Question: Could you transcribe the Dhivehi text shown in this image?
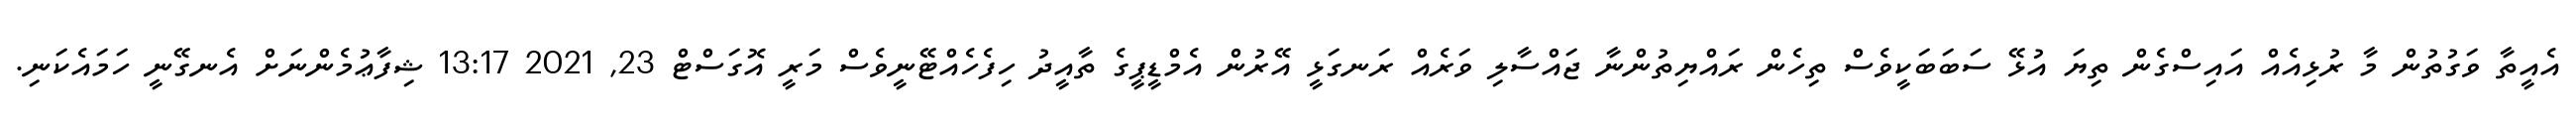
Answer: އެއީތާ ވަގުތުން މާ ރުޅިއެއް އައިސްގެން ތިޔަ އުޅޭ ސަބަބަކީވެސް ތިހެން ރައްޔިތުންނާ ޖައްސާލި ވަރެއް ރަނގަޅީ އޭރުން އެމްޑީޕީގެ ތާއީދު ހިފެހެއްޓޭނީވެސް މަރީ އޮގަސްޓް 23, 2021 13:17 ޝިފާޢުމެންނަށް އެނގޭނީ ހަމައެކަނި.